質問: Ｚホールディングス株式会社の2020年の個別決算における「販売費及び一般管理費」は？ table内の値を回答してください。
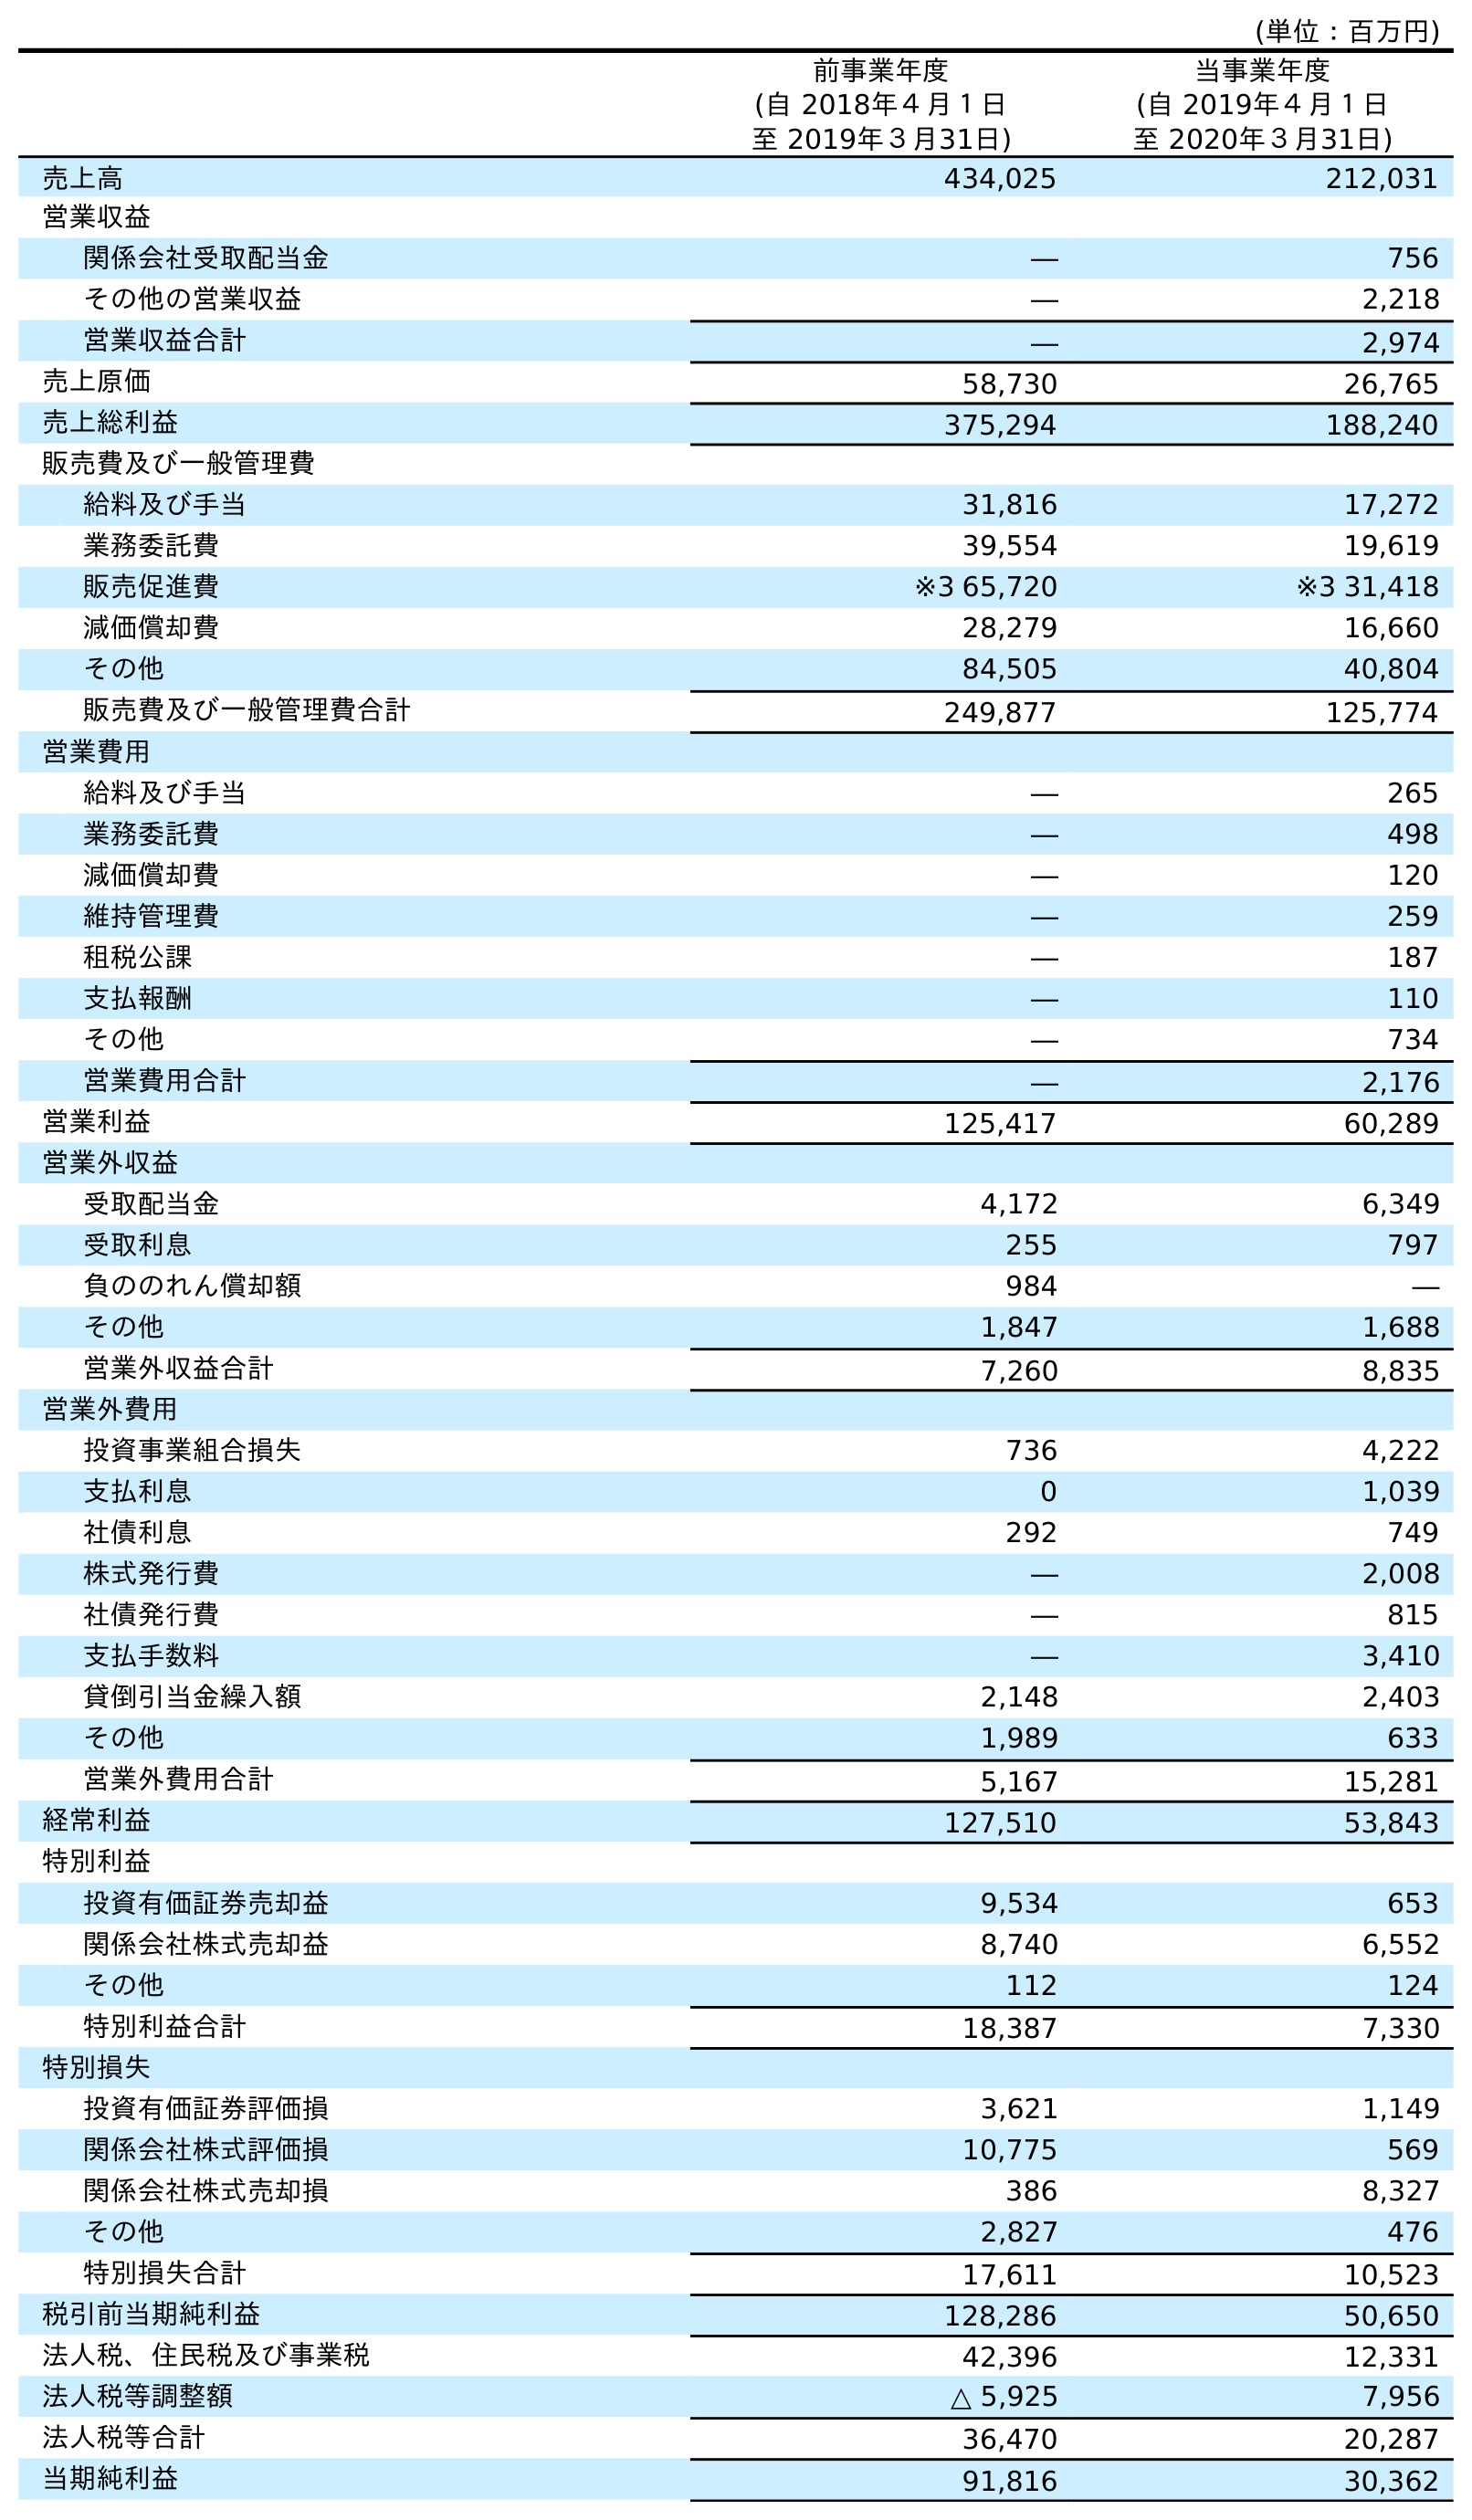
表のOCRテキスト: (単位：百万円) 前事業年度 (自 2018年４月１日 至 2019年３月31日) 当事業年度 (自 2019年４月１日 至 2020年３月31日) 売上高 434,025 212,031 営業収益 関係会社受取配当金 ― 756 その他の営業収益 ― 2,218 営業収益合計 ― 2,974 売上原価 58,730 26,765 売上総利益 375,294 188,240 販売費及び一般管理費 給料及び手当 31,816 17,272 業務委託費 39,554 19,619 販売促進費 ※3 65,720 ※3 31,418 減価償却費 28,279 16,660 その他 84,505 40,804 販売費及び一般管理費合計 249,877 125,774 営業費用 給料及び手当 ― 265 業務委託費 ― 498 減価償却費 ― 120 維持管理費 ― 259 租税公課 ― 187 支払報酬 ― 110 その他 ― 734 営業費用合計 ― 2,176 営業利益 125,417 60,289 営業外収益 受取配当金 4,172 6,349 受取利息 255 797 負ののれん償却額 984 ― その他 1,847 1,688 営業外収益合計 7,260 8,835 営業外費用 投資事業組合損失 736 4,222 支払利息 0 1,039 社債利息 292 749 株式発行費 ― 2,008 社債発行費 ― 815 支払手数料 ― 3,410 貸倒引当金繰入額 2,148 2,403 その他 1,989 633 営業外費用合計 5,167 15,281 経常利益 127,510 53,843 特別利益 投資有価証券売却益 9,534 653 関係会社株式売却益 8,740 6,552 その他 112 124 特別利益合計 18,387 7,330 特別損失 投資有価証券評価損 3,621 1,149 関係会社株式評価損 10,775 569 関係会社株式売却損 386 8,327 その他 2,827 476 特別損失合計 17,611 10,523 税引前当期純利益 128,286 50,650 法人税、住民税及び事業税 42,396 12,331 法人税等調整額 △ 5,925 7,956 法人税等合計 36,470 20,287 当期純利益 91,816 30,362
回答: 125,774